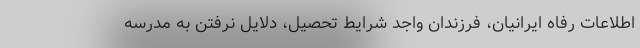
اطلاعات رفاه ایرانیان، فرزندان واجد شرایط تحصیل، دلایل نرفتن به مدرسه